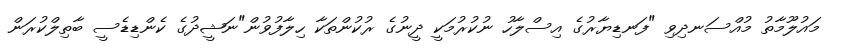
މައުލޫމާތު މުއްސަނދިވި "ފަނޑިޔާރުގެ އިސްލާހު ނުކުރުމަކީ ދީނުގެ ރުކުންތަކާ ހިލާފުވުން"ނަޝީދުގެ ކެންޑިޑެސީ ބާތިލްކުރަން